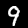
Digit: 9